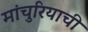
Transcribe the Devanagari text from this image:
मांचुरियाची